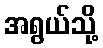
အရွယ်သို့